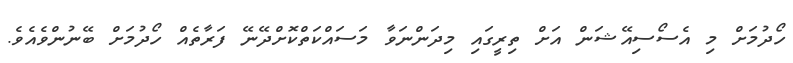
ހޯދުމަށް މި އެސޯސިއޭޝަން އަށް ތިރީގައި މިދަންނަވާ މަސައްކަތްކޮށްދޭނޭ ފަރާތެއް ހޯދުމަށް ބޭނުންވެއެވެ.